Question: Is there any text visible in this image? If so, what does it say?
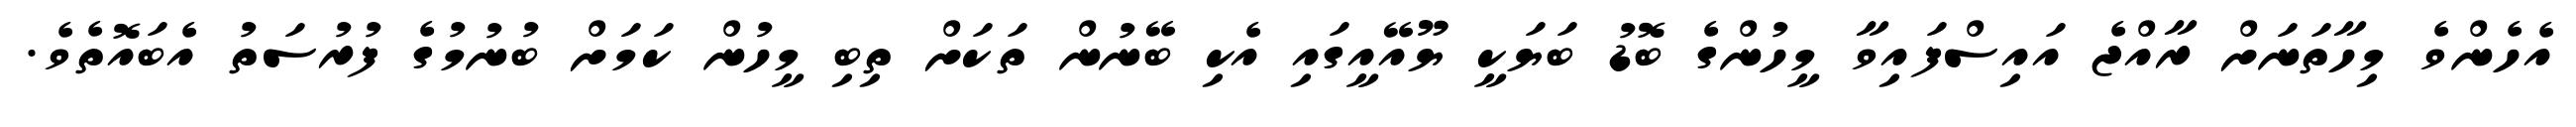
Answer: އެހެންވެ މިހާތަނަށް ރާއްޖެ އައިސްފައިވާ މީހުންގެ ބޮޑު ބަޔަކީ ޔޫއޭއީގައި އެކި ބޭނުން ތަކަށް ތިބި މީހުން ކަމަށް ބުނުމުގެ ފުރުސަތު އެބައޮތެވެ.